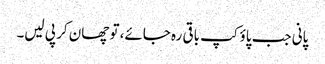
پانی جب پاؤکپ باقی رہ جائے، تو چھان کر پی لیں۔